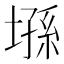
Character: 𰊘